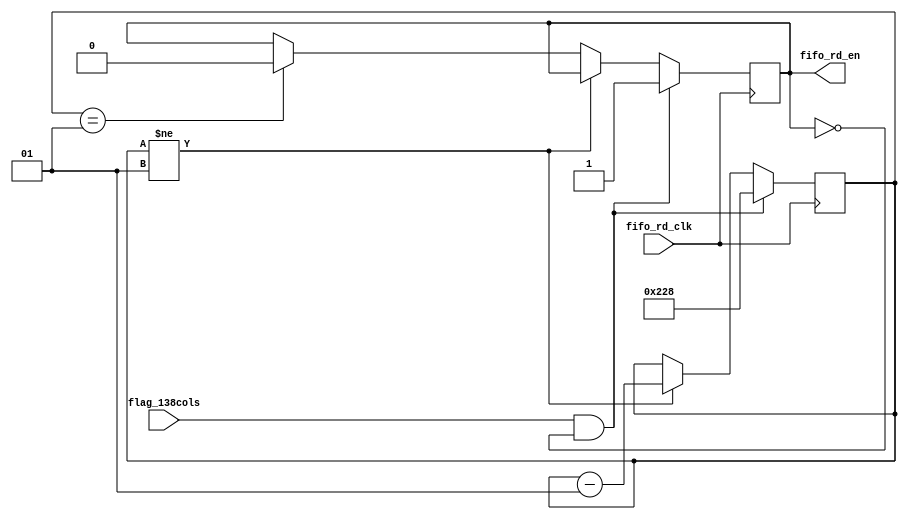
`timescale 1ns / 1ps
//////////////////////////////////////////////////////////////////////////////////
// Company: 
// Engineer: 
// 
// Design Name: 
// Module Name:    fifo_timing 
// Project Name: 
// Target Devices: 
// Tool versions: 
// Description: 
//
// Dependencies: 
//
// Revision: 
// Revision 0.01 - File Created
// Additional Comments: 
//
//////////////////////////////////////////////////////////////////////////////////
module fifo_timing(
	input fifo_rd_clk,
    input flag_138cols,
    output fifo_rd_en
    );

parameter cnt_init = 1;

integer count;

reg fifo_rd_en_i;

assign fifo_rd_en = fifo_rd_en_i;



initial begin
	count = cnt_init;
	fifo_rd_en_i <= 0;
end

always @(posedge fifo_rd_clk) begin
	if(flag_138cols && !fifo_rd_en_i) begin
		fifo_rd_en_i <= 1;
		count = 552;							
	end else if(count != cnt_init) begin
		count = count - 1;
	end	else if(count == cnt_init) begin
		fifo_rd_en_i <= 0;
	end
end

endmodule